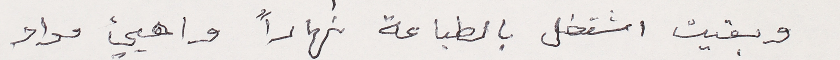
وبقيت اشتغل بالطباعة نهاراً واهيئ مواد